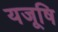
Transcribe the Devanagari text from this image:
यजूषि